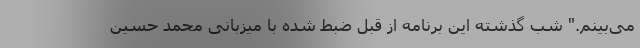
می‌بینم." شب گذشته این برنامه از قبل ضبط شده با میزبانی محمد حسین